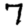
Digit: 7